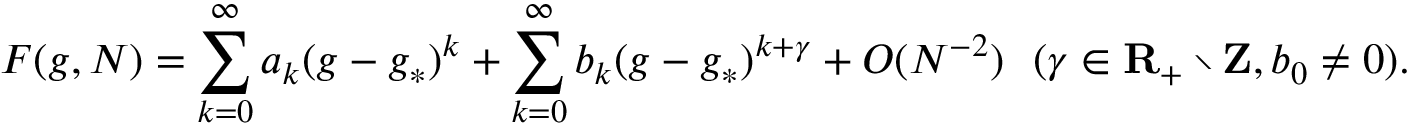
F ( g , N ) = \sum _ { k = 0 } ^ { \infty } a _ { k } ( g - g _ { * } ) ^ { k } + \sum _ { k = 0 } ^ { \infty } b _ { k } ( g - g _ { * } ) ^ { k + \gamma } + O ( N ^ { - 2 } ) \ \ ( \gamma \in { \bf R } _ { + } \setminus { \bf Z } , b _ { 0 } \ne 0 ) .